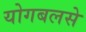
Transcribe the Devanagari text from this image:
योगबलसे